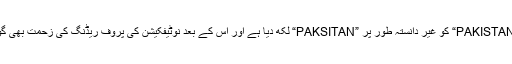
وزارت داخلہ نے اپنے لیٹر ہیڈ پر انگریزی میں لکھے جانے والے لفظ ”PAKISTAN“ کو غیر دانستہ طور پر ”PAKSITAN“ لکھ دیا ہے اور اس کے بعد نوٹیفکیشن کی پروف ریڈنگ کی زحمت بھی گوارا نہیں کی گئی جس سے وزارت داخلہ کی نااہلی کھل کر سامنے آگئی ۔